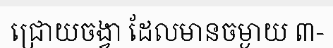
ជ្រោយចង្វា ដែលមានចម្ងាយ ៣-